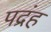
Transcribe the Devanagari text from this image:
पद्रंह